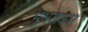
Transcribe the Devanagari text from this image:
भूधराकार